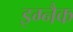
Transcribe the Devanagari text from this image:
इग्नैक